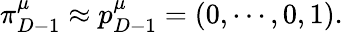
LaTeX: \pi_{D-1}^{\mu}\approx p_{D-1}^{\mu}=(0,\cdots,0,1).